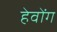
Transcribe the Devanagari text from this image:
हेवोंग